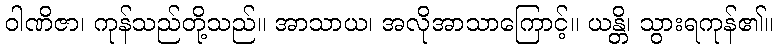
ဝါဏိဇာ၊ ကုန်သည်တို့သည်။ အာသာယ၊ အလိုအာသာကြောင့်။ ယန္တိ၊ သွားရကုန်၏။